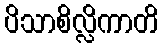
ပိသာစိလ္လိကာတိ